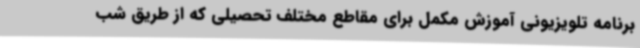
برنامه تلویزیونی آموزش مکمل برای مقاطع مختلف تحصیلی که از طریق شب